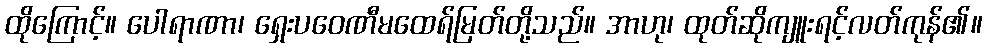
ထိုကြောင့်။ ပေါရာဏာ၊ ရှေးပဝေဏီမထေရ်မြတ်တို့သည်။ အာဟု၊ ထုတ်ဆိုကျူးရင့်လတ်ကုန်၏။